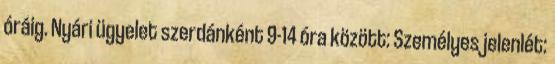
óráig. Nyári ügyelet szerdánként 9-14 óra között: Személyes jelenlét: